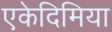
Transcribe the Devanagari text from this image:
एकेदिमिया